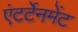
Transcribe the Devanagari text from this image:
एंटर्टेनमेंट